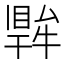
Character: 𤛙